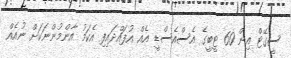
ސީގޭޓް އިން 60 ޓީބީގެ އެސްއެސްޑީ އެއް އުފައްދައިފި އެކަމު އާންމުންނަކަށް ނުއެއް